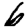
Digit: 6